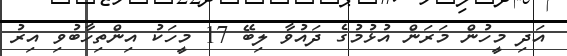
އަދި މީހުން މަރަން އުޅުމުގެ ދައުވާ ލިބޭ 17 މީހަކު އިންތިހާބުވި އިރު